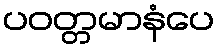
ပဝတ္တမာနံပေ